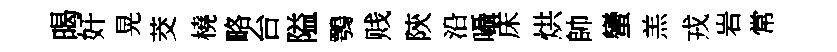
暍奸晃茭橈略台隘鶚贱陝沿囁床烘帥蠻羔戎岩常